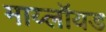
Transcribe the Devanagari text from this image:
माय्लॉयड